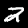
Label: 2